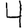
Digit: 4